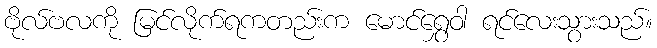
ဗိုလ်ဗလကို မြင်လိုက်ရကတည်းက မောင်ရွှေဝါ ရင်လေးသွားသည်။